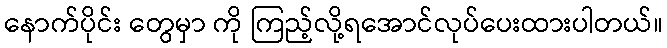
နောက်ပိုင်း တွေမှာ ကို ကြည့်လို့ရအောင်လုပ်ပေးထားပါတယ်။